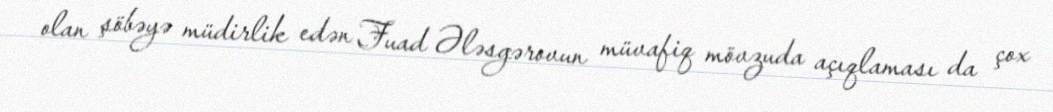
olan şöbəyə müdirlik edən Fuad Ələsgərovun müvafiq mövzuda açıqlaması da çox